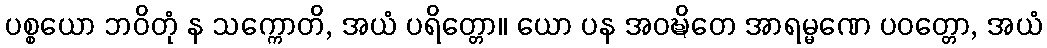
ပစ္စယော ဘဝိတုံ န သက္ကောတိ, အယံ ပရိတ္တော။ ယော ပန အဝဍ္ဎိတေ အာရမ္မဏေ ပဝတ္တော, အယံ